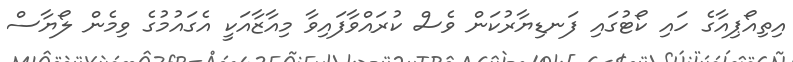
އިތިއޯޕިއާގެ ހައި ކޯޓުގައި ފަނޑިޔާރުކަން ވެސް ކުރައްވާފައިވާ މިއާޒާއަކީ އެގައުމުގެ ވިމެން ލޯޔާސް